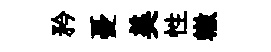
矜憂美性轍